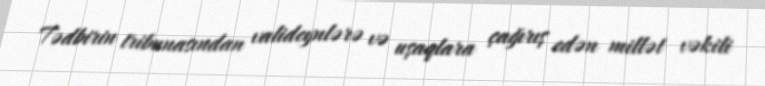
Tədbirin tribunasından valideynlərə və uşaqlara çağırış edən millət vəkili